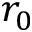
r _ { 0 }